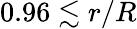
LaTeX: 0.96\lesssim r/R